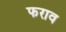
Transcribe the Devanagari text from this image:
फराव